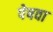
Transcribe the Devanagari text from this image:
पेषवा